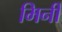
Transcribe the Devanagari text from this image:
मिर्नी